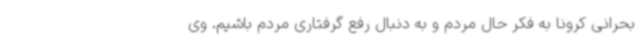
بحرانی کرونا به فکر حال مردم و به دنبال رفع گرفتاری مردم باشیم. وی